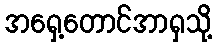
အရှေ့တောင်အာရှသို့